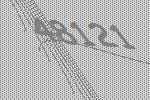
48121